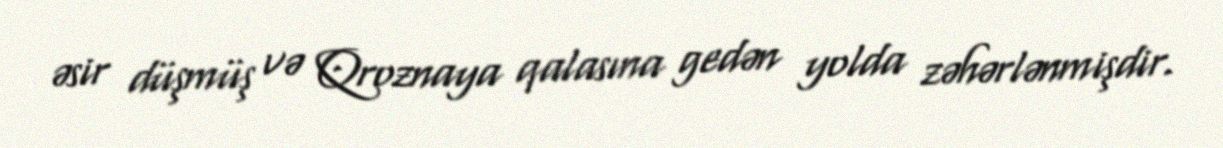
əsir düşmüş və Qroznaya qalasına gedən yolda zəhərlənmişdir.